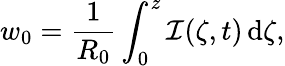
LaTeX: w_{0}=\frac{1}{R_{0}}\int_{0}^{z}\mathcal{I}(\zeta,t)\, \mathrm{d}\zeta,